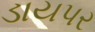
ડાયપર